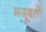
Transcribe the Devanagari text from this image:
मजूबती